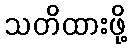
သတိထားဖို့